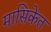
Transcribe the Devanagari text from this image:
मासिकेत